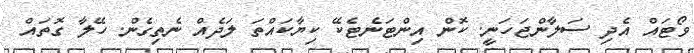
ވޯޓައް އެދި ސަލާންޖަހަނީ. ކޮން އިންޓަނެޓެކޭ ކިޔާކައްތަ ލަދެއް ނެތިގެން. ހޭލާ ގޮތައް